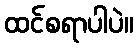
ထင်စရာပါပဲ။